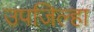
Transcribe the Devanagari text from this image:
उपजिल्हा